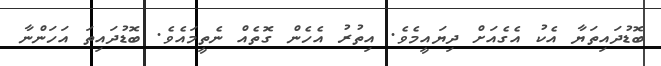
ބޮޑުދައިތަޔާ އެކު އެގެއަށް ދިޔައީމެވެ. އިތުރު އެހެން ގޮތެއް ނެތީމައެވެ. ބޮޑުދައިތަ އަހަންނާ